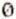
0